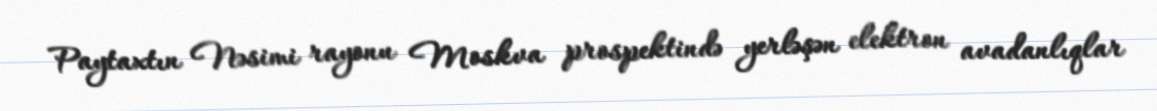
Paytaxtın Nəsimi rayonu Moskva prospektində yerləşən elektron avadanlıqlar